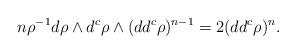
LaTeX: \begin{align*}n \rho^{-1}d\rho \wedge d^c \rho \wedge (dd^c \rho)^{n-1} = 2 (dd^c \rho)^n.\end{align*}